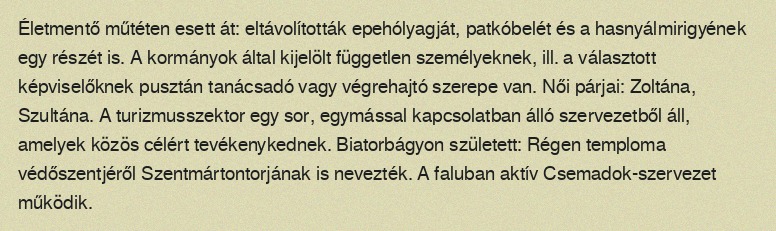
Életmentő műtéten esett át: eltávolították epehólyagját, patkóbelét és a hasnyálmirigyének egy részét is. A kormányok által kijelölt független személyeknek, ill. a választott képviselőknek pusztán tanácsadó vagy végrehajtó szerepe van. Női párjai: Zoltána, Szultána. A turizmusszektor egy sor, egymással kapcsolatban álló szervezetből áll, amelyek közös célért tevékenykednek. Biatorbágyon született: Régen temploma védőszentjéről Szentmártontorjának is nevezték. A faluban aktív Csemadok-szervezet működik.